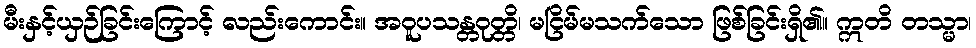
မီးနှင့်ယှဉ်ခြင်းကြောင့် လည်းကောင်း။ အဝူပသန္တဝုတ္တိ၊ မငြိမ်မသက်သော ဖြစ်ခြင်းရှိ၏။ ဣတိ တသ္မာ၊